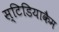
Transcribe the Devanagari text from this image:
स्टिडियाकैम